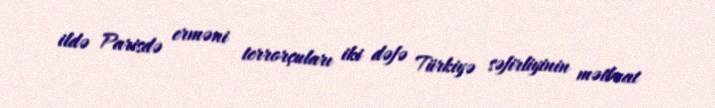
ildə Parisdə erməni terrorçuları iki dəfə Türkiyə səfirliyinin mətbuat